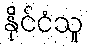
နိုင်ငံသူ